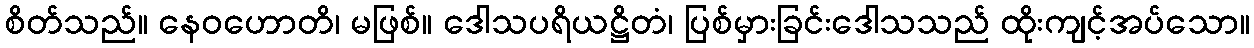
စိတ်သည်။ နေဝဟောတိ၊ မဖြစ်။ ဒေါသပရိယဋ္ဌိတံ၊ ပြစ်မှားခြင်းဒေါသသည် ထိုးကျင့်အပ်သော။